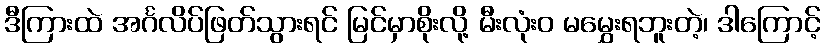
ဒီကြားထဲ အင်္ဂလိပ်ဖြတ်သွားရင် မြင်မှာစိုးလို့ မီးလုံးဝ မမွှေးရဘူးတဲ့၊ ဒါကြောင့်